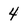
Character: 4